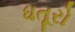
ધતૂરો